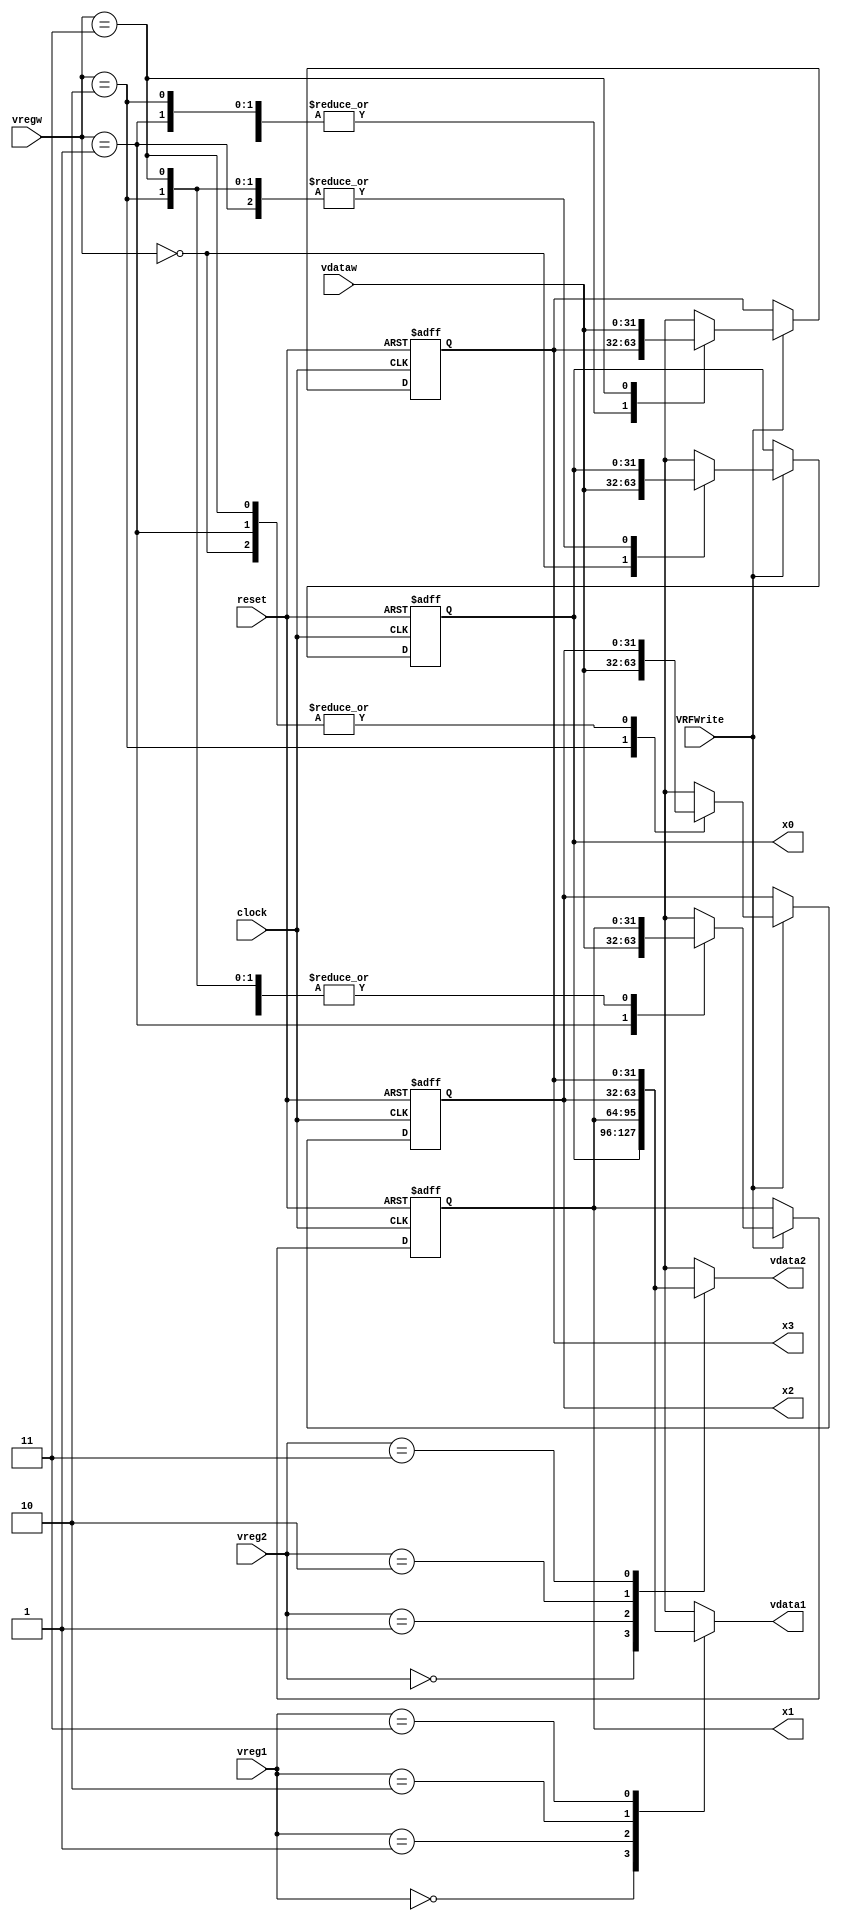
module VRF
(
clock, vreg1, vreg2, vregw,
vdataw, VRFWrite, vdata1, vdata2,
x0, x1, x2, x3, reset
);

// ------------------------ PORT declaration ------------------------ //
input clock;
input [1:0] vreg1, vreg2, vregw;
input [31:0] vdataw;
input VRFWrite;
input reset;
output [31:0] vdata1, vdata2;
output [31:0] x0, x1, x2, x3;

// ------------------------- Registers/Wires ------------------------ //
reg [31:0] v0, v1, v2, v3;
reg [31:0] data1_tmp, data2_tmp;

// Asynchronously read data from two registers
always @(*)
begin
	case (vreg1)
		0: data1_tmp = v0;
		1: data1_tmp = v1;
		2: data1_tmp = v2;
		3: data1_tmp = v3;
	endcase
	case (vreg2)
		0: data2_tmp = v0;
		1: data2_tmp = v1;
		2: data2_tmp = v2;
		3: data2_tmp = v3;
	endcase
end

// Synchronously write data to the register file;
// also supports an asynchronous reset, which clears all registers
always @(posedge clock or posedge reset)
begin
	if (reset) begin
		v0 = 0;
		v1 = 0;
		v2 = 0;
		v3 = 0;
	end	else begin
		if (VRFWrite) begin
			case (vregw)
				0: v0 = vdataw;
				1: v1 = vdataw;
				2: v2 = vdataw;
				3: v3 = vdataw;
			endcase
		end
	end
end

// Assign temporary values to the outputs
assign vdata1 = data1_tmp;
assign vdata2 = data2_tmp;

assign x0 = v0;
assign x1 = v1;
assign x2 = v2;
assign x3 = v3;

endmodule